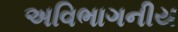
અવિભાગનીય